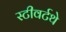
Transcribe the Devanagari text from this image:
स्टीवर्टथे